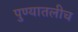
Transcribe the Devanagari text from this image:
पुण्यातलीच